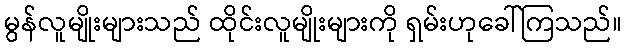
မွန်လူမျိုးများသည် ထိုင်းလူမျိုးများကို ရှမ်းဟုခေါ်ကြသည်။